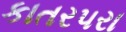
કાતર૫રા